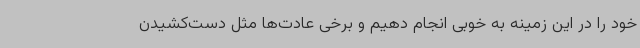
خود را در این زمینه به خوبی انجام دهیم و برخی عادت‌ها مثل دست‌کشیدن